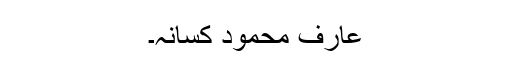
عارف محمود کسانہ۔